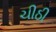
ચીઠી